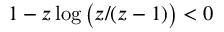
1 - z \log \big ( z / ( z - 1 ) \big ) < 0